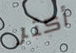
أكثر